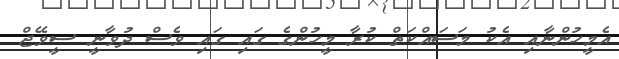
އެމީހުންނާއި އެކު މަަސައްކަތް ކުރާ މީހުންގެ ގައި ގައި ވެސް ދުވާނީ ސީވޭޖް